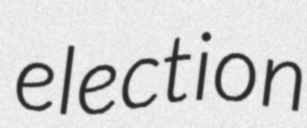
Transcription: election